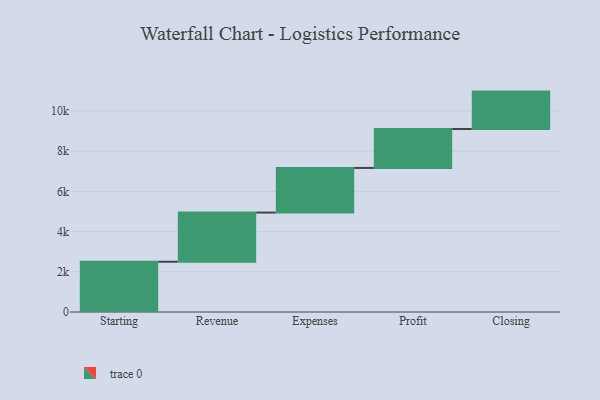
{"axis": {"x": "Step", "y": "Value"}, "legend": [""], "data": [{"x": "Starting", "y": 2499.0, "type": ""}, {"x": "Revenue", "y": 2445.0, "type": ""}, {"x": "Expenses", "y": 2219.0, "type": ""}, {"x": "Profit", "y": 1936.0, "type": ""}, {"x": "Closing", "y": 1860.0, "type": ""}]}